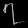
Digit: ၇